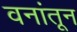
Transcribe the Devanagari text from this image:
वनांतून